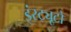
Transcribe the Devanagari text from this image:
इंस्ट्यूटो